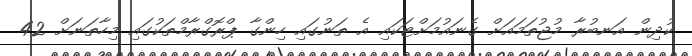
ކުދިން އަނބުރާ މުޖުތަމައަށް ގެނައުމަށްޓަކައި އެ ތަނުގައި ހިންގާ ޕްރޮގްރާމްތަކުގައި މިހާތަނަށް 42